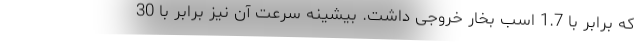
که برابر با 1.7 اسب بخار خروجی داشت. بیشینه سرعت آن نیز برابر با 30